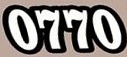
0770